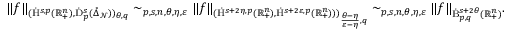
\begin{array} { r } { \lVert f \rVert _ { ( \dot { \mathrm { H } } ^ { s , p } ( \mathbb { R } _ { + } ^ { n } ) , \dot { \mathrm { D } } _ { p } ^ { s } ( \mathring { \Delta } _ { \mathcal { N } } ) ) _ { \theta , q } } \sim _ { p , s , n , \theta , \eta , \varepsilon } \lVert f \rVert _ { ( \dot { \mathrm { H } } ^ { s + 2 \eta , p } ( \mathbb { R } _ { + } ^ { n } ) , \dot { \mathrm { H } } ^ { s + 2 \varepsilon , p } ( \mathbb { R } _ { + } ^ { n } ) ) ) _ { \frac { \theta - \eta } { \varepsilon - \eta } , q } } \sim _ { p , s , n , \theta , \eta , \varepsilon } \lVert f \rVert _ { \dot { \mathrm { B } } _ { p , q } ^ { s + 2 \theta } ( \mathbb { R } _ { + } ^ { n } ) } \mathrm { . ~ } } \end{array}